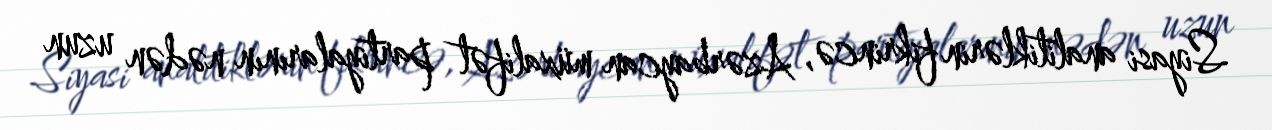
Siyasi analitiklərin fikrincə, Azərbaycan müxalifət partiyalarının nədən uzun